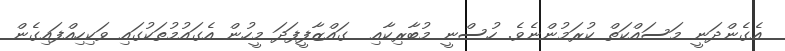
އެގެންދަނީ މަސައްކަތް ކުރަމުންނެވެ. ހުސްނީ މުބާރިކާއި  ގައްޒާފީފަދަ މީހުން އެގައުމުތަކުގައި ވަކިހިއްފައިގެން